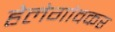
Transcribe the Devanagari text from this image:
हेलेगांवकर